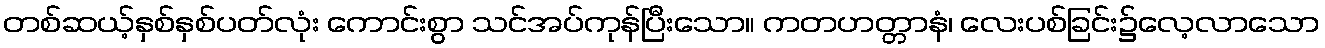
တစ်ဆယ့်နှစ်နှစ်ပတ်လုံး ကောင်းစွာ သင်အပ်ကုန်ပြီးသော။ ကတဟတ္တာနံ၊ လေးပစ်ခြင်း၌လေ့လာသော